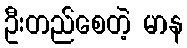
ဦးတည်စေတဲ့ မာန